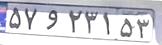
۵۷و۲۳۱۵۳